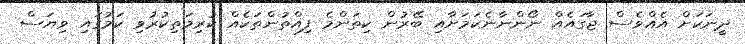
ދީނަކަށް އެއްވެސް ޖާގައެއް ނޯންނާނެކަމަށާއި ބޭރުން ކިތަންމެ ފިއްތުންތަކެއް ކުރިމަތިކުރުވި ކަމުގައި ވިޔަސް